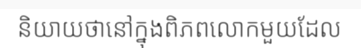
និយាយថានៅក្នុងពិភពលោកមួយដែល